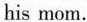
his mom.